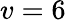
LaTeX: v=6